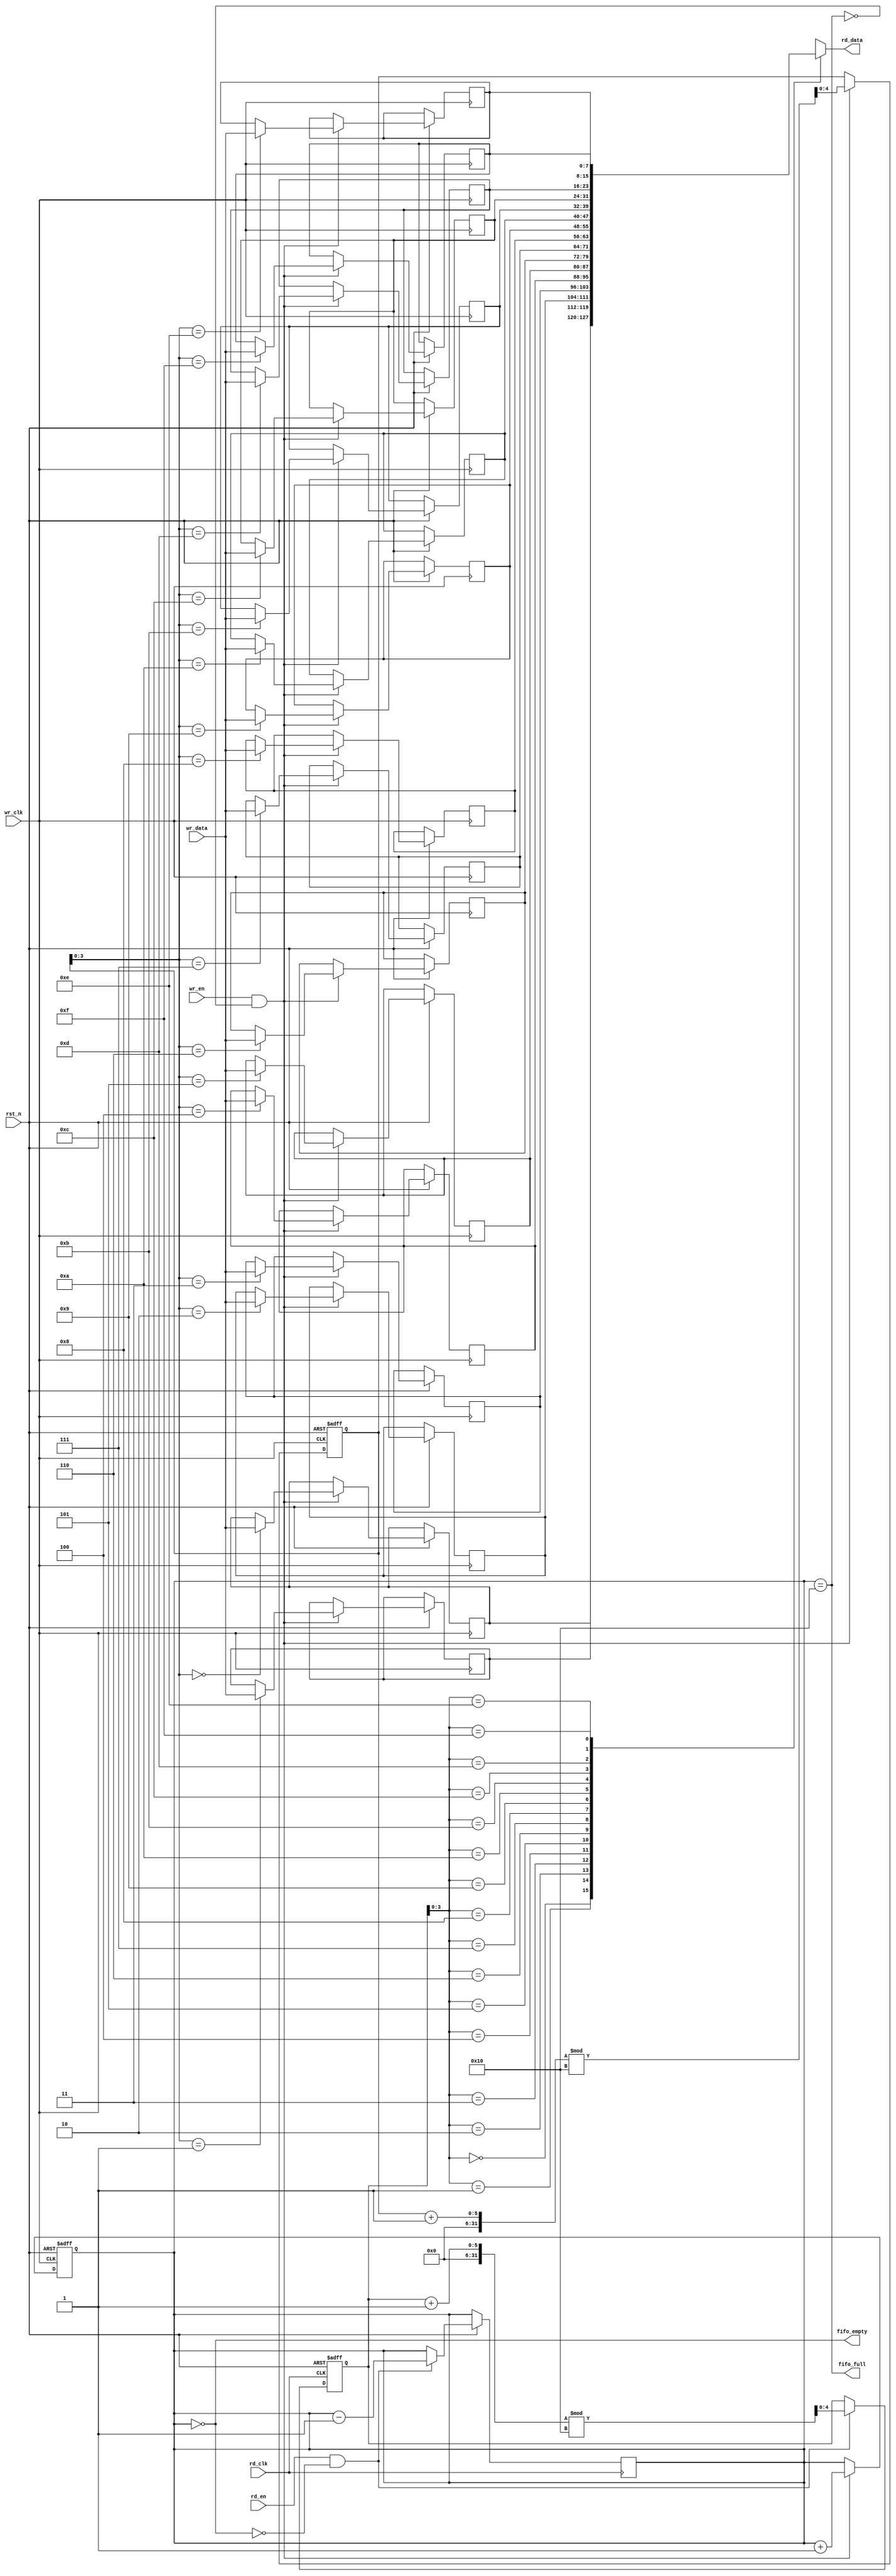
module fifo_sync #(
    parameter DATA_WIDTH = 8,
    parameter FIFO_DEPTH = 16
)(
    input wire wr_clk,              // Write clock (source domain)
    input wire rd_clk,              // Read clock (destination domain)
    input wire rst_n,               // Asynchronous reset (active low)
    
    // Write interface
    input wire wr_en,               // Write enable
    input wire [DATA_WIDTH-1:0] wr_data, // Data to write
    output wire fifo_full,          // FIFO full flag

    // Read interface
    input wire rd_en,               // Read enable
    output wire [DATA_WIDTH-1:0] rd_data, // Data read
    output wire fifo_empty          // FIFO empty flag
);

    // FIFO memory
    reg [DATA_WIDTH-1:0] fifo_mem [0:FIFO_DEPTH-1];
    reg [4:0] wr_ptr;               // Write pointer
    reg [4:0] rd_ptr;               // Read pointer
    reg [4:0] fifo_count;           // Number of items in FIFO

    // Synchronization registers for read and write pointers
    reg [4:0] wr_ptr_sync;
    reg [4:0] rd_ptr_sync;

    // Write logic
    assign fifo_full = (fifo_count == FIFO_DEPTH);
    always @(posedge wr_clk or negedge rst_n) begin
        if (!rst_n) begin
            wr_ptr <= 0;
            fifo_count <= 0;
        end else if (wr_en && !fifo_full) begin
            fifo_mem[wr_ptr] <= wr_data;
            wr_ptr <= (wr_ptr + 1) % FIFO_DEPTH;
            fifo_count <= fifo_count + 1;
        end
    end

    // Read logic
    assign fifo_empty = (fifo_count == 0);
    assign rd_data = fifo_mem[rd_ptr];
    always @(posedge rd_clk or negedge rst_n) begin
        if (!rst_n) begin
            rd_ptr <= 0;
        end else if (rd_en && !fifo_empty) begin
            rd_ptr <= (rd_ptr + 1) % FIFO_DEPTH;
            fifo_count <= fifo_count - 1;
        end
    end

    // Synchronization logic for write pointer
    always @(posedge rd_clk or negedge rst_n) begin
        if (!rst_n) begin
            wr_ptr_sync <= 0;
        end else begin
            wr_ptr_sync <= wr_ptr;
        end
    end

    // Synchronization logic for read pointer
    always @(posedge wr_clk or negedge rst_n) begin
        if (!rst_n) begin
            rd_ptr_sync <= 0;
        end else begin
            rd_ptr_sync <= rd_ptr;
        end
    end

endmodule